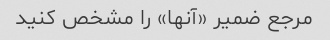
مرجع ضمیر «آنها» را مشخص کنید